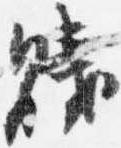
賎